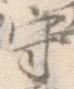
守